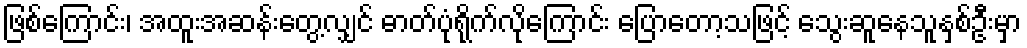
ဖြစ်ကြောင်း၊ အထူးအဆန်းတွေ့လျှင် ဓာတ်ပုံရိုက်လိုကြောင်း ပြောတော့သဖြင့် သွေးဆူနေသူနှစ်ဦးမှာ